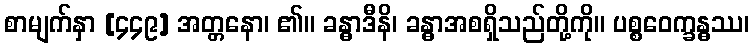
စာမျက်နှာ [၄၄၉] အတ္တနော၊ ၏။ ခန္ဓာဒီနိ၊ ခန္ဓာအစရှိသည်တို့ကို။ ပစ္စဝေက္ခန္ဓဿ၊